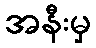
အနီးမှ